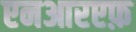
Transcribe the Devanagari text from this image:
एनआरएफ़